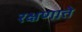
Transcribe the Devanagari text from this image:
रक्षणाते